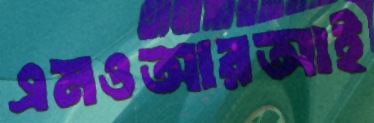
এমওআরআই